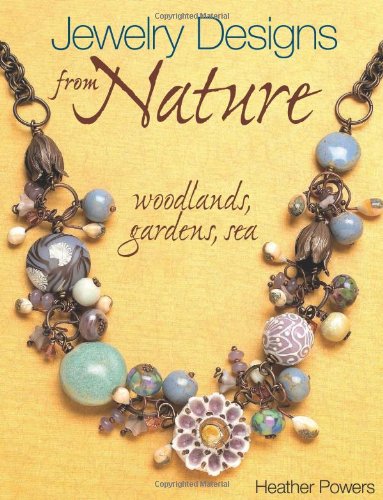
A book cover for Jewelry Designs from Nature: Woodlands, Gardens, Sea: Art Bead Jewelry Designs Inspired by Nature; Heather Powers; Crafts, Hobbies & Home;